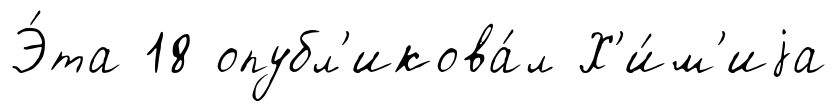
Э́та 18 опубл'икова́л Х'и́м'иjа